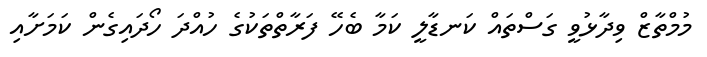
މުމްތާޒް ވިދާޅުވީ ގަސްތައް ކަނޑާލީ ކަމާ ބެހޭ ފަރާތްތަކުގެ ހުއްދަ ހޯދައިގެން ކަމަށާއި